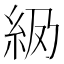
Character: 𬗅